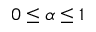
0 \leq \alpha \leq 1